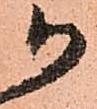
か